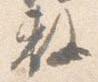
敷